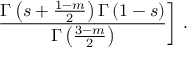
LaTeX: \left. \frac { \Gamma \left( s + \frac { 1 - m } { 2 } \right) \Gamma \left( 1 - s \right) } { \Gamma \left( \frac { 3 - m } { 2 } \right) } \right] \, .